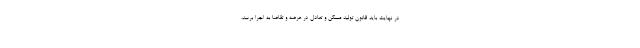
در نهایت باید قانون تولید مسکن و تعادل در عرضه و تقاضا به اجرا برسد،